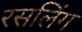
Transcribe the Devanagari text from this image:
रसलिंग